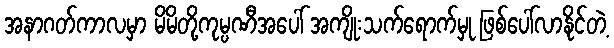
အနာဂတ်ကာလမှာ မိမိတို့ကုမ္ပဏီအပေါ် အကျိုးသက်ရောက်မှု ဖြစ်ပေါ်လာနိုင်တဲ့